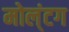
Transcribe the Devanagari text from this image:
मोल्‌ंटग